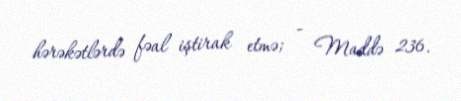
hərəkətlərdə fəal iştirak etmə; - Maddə 236.